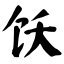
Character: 饫